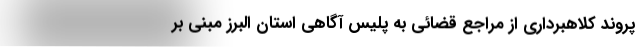
پروند کلاهبرداری از مراجع قضائی به پلیس آگاهی استان البرز مبنی بر